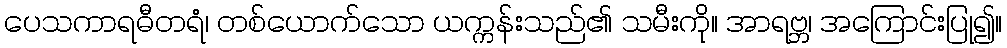
ပေသကာရဓီတရံ၊ တစ်ယောက်သော ယက္ကန်းသည်၏ သမီးကို။ အာရဗ္ဘ၊ အကြောင်းပြု၍။